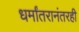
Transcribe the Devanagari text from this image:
धर्मांतरानंतरही